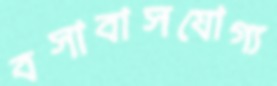
বসাবাসযোগ্য